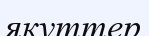
якуттер